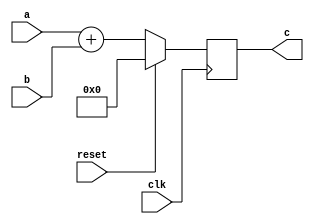
module adder(
input clk,
input reset,
input [7:0]a,
input [7:0]b,

output reg[7:0]c
    ); 
 
 always@(posedge clk)begin
   if(reset)
     c <= 0;
   else
     c <= a + b;
 end
    
endmodule